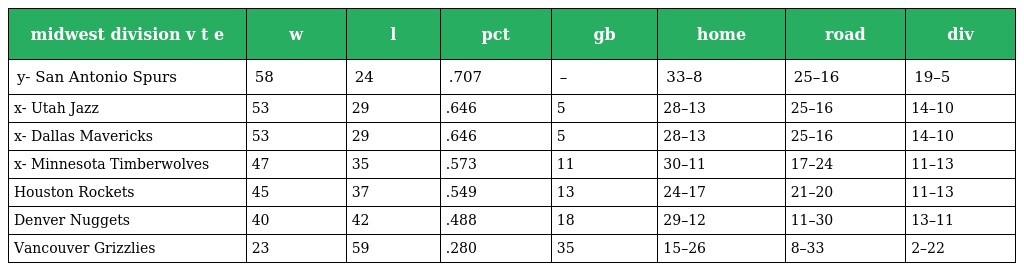
| midwest division v t e | w | l | pct | gb | home | road | div |
 | --- | --- | --- | --- | --- | --- | --- | --- |
 | y- San Antonio Spurs | 58 | 24 | .707 | – | 33–8 | 25–16 | 19–5 |
 | x- Utah Jazz | 53 | 29 | .646 | 5 | 28–13 | 25–16 | 14–10 |
 | x- Dallas Mavericks | 53 | 29 | .646 | 5 | 28–13 | 25–16 | 14–10 |
 | x- Minnesota Timberwolves | 47 | 35 | .573 | 11 | 30–11 | 17–24 | 11–13 |
 | Houston Rockets | 45 | 37 | .549 | 13 | 24–17 | 21–20 | 11–13 |
 | Denver Nuggets | 40 | 42 | .488 | 18 | 29–12 | 11–30 | 13–11 |
 | Vancouver Grizzlies | 23 | 59 | .280 | 35 | 15–26 | 8–33 | 2–22 |